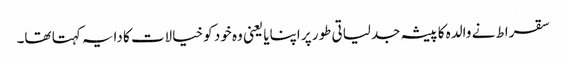
سقراط نے والدہ کا پیشہ جدلیاتی طور پر اپنایا یعنی وہ خود کو خیالات کا دایہ کہتا تھا۔